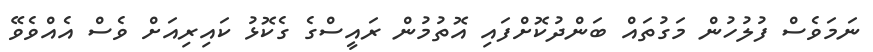
ނަމަވެސް ފުލުހުން މަގުތައް ބަންދުކޮށްފައި އޮތުމުން ރައީސްގެ ގެކޮޅު ކައިރިއަށް ވެސް އެއްވެވޭ